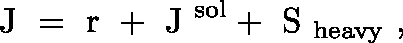
\mathrm { \boldmath ~ J ~ } = \mathrm { \boldmath ~ r ~ } + \mathrm { \boldmath ~ J ~ } ^ { \mathrm { s o l } } + \mathrm { \boldmath ~ S ~ } _ { \mathrm { h e a v y } } \ ,